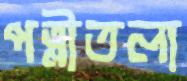
পত্নীতলা